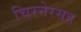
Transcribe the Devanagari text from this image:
चिरनेरसह